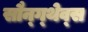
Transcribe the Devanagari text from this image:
सौन्ग्थेव्स